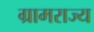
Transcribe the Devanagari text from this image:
ग्रामराज्य